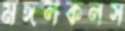
মঙ্গলকলস